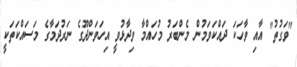
"ވަގުތު" އާއި ވާހަކަ ދައްކަވަމުން މެންބަރު މުހައްމާ ވިދާޅުވީ އިހަވަންދޫގެ ނަރުދަމާގެ މަސައްކަތަކީ